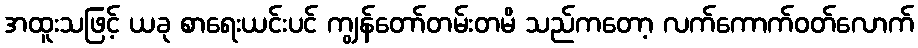
အထူးသဖြင့် ယခု စာရေးယင်းပင် ကျွန်တော်တမ်းတမိ သည်ကတော့ လက်ကောက်ဝတ်လောက်